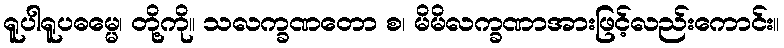
ရူပါရူပဓမ္မေ၊ တို့ကို။ သလက္ခဏတော စ၊ မိမိလက္ခဏာအားဖြင့်လည်းကောင်း။